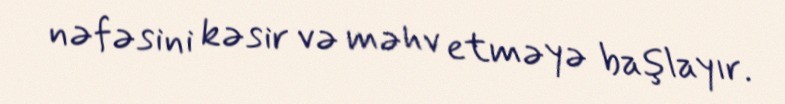
nəfəsini kəsir və məhv etməyə başlayır.